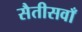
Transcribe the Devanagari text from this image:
सैतीसवाँ